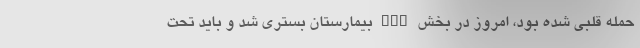
حمله قلبی شده بود، امروز در بخش CCU بیمارستان بستری شد و باید تحت